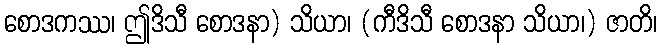
စောဒကဿ၊ ဤဒိသီ စောဒနာ) သိယာ၊ (ကီဒိသီ စောဒနာ သိယာ၊) ဇာတိ၊